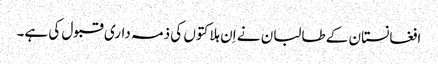
افغانستان کے طالبان نے اِن ہلاکتوں کی ذمہ داری قبول کی ہے۔